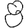
Digit: 8